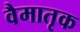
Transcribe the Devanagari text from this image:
वैमातृक